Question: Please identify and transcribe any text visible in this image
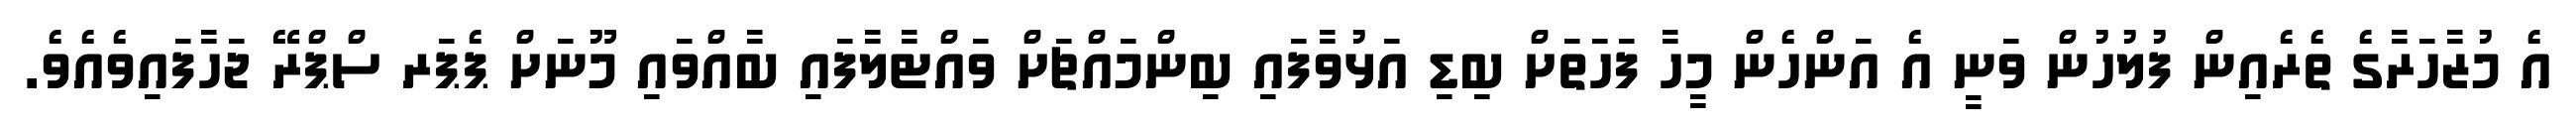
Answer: އެ މުޒާހަރާގެ ތެރެއިން ފުލުހުން ވަނީ އެ އަންހެން މީހާ ފަހަތަށް ބިޑި އަޅުވާފައި ބިންމައްޗަށް ވައްޓާލާފައި ބާއްވައި މޫނަށް ޕެޕަރ ސްޕްރޭ ޖަހާފައިވެއެވެ.